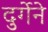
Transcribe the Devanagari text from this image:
दुर्गेने